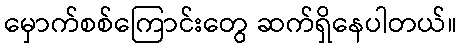
မှောက်စစ်ကြောင်းတွေ ဆက်ရှိနေပါတယ်။